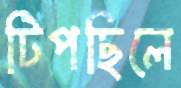
টিপছিলে